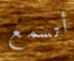
أتسمع